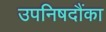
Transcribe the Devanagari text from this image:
उपनिषदौंका